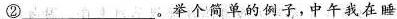
②___举个简单的例子，中午我在睡